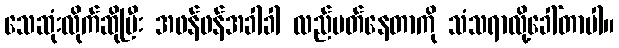
သေဆုံးလိုက်ဆိုပြီး အဖန်ဖန်အခါခါ လည်ပတ်နေတာကို သံသရာလို့ခေါ်တာပါ။